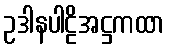
ဥဒါနပါဠိအဋ္ဌကထာ